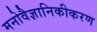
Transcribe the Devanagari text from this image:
मनोवैज्ञानिकीकरण